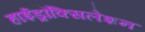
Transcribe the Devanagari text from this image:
हाईड्रॉक्सिलेशन